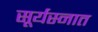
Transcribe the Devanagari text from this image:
सूर्यस्नात